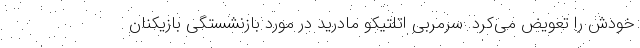
خودش را تعویض می‌کرد. سرمربی اتلتیکو مادرید در مورد بازنشستگی بازیکنان